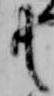
共